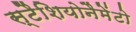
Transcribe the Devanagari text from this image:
स्टैशियोनैमेंटो